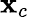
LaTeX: \mathbf{x}_{c}